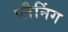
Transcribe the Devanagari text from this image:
प्‍लैनिंग